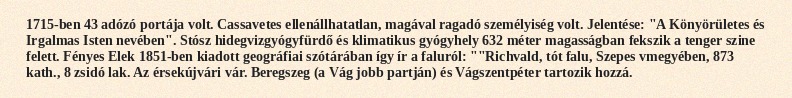
1715-ben 43 adózó portája volt. Cassavetes ellenállhatatlan, magával ragadó személyiség volt. Jelentése: "A Könyörületes és Irgalmas Isten nevében". Stósz hidegvizgyógyfürdő és klimatikus gyógyhely 632 méter magasságban fekszik a tenger szine felett. Fényes Elek 1851-ben kiadott geográfiai szótárában így ír a faluról: ""Richvald, tót falu, Szepes vmegyében, 873 kath., 8 zsidó lak. Az érsekújvári vár. Beregszeg (a Vág jobb partján) és Vágszentpéter tartozik hozzá.